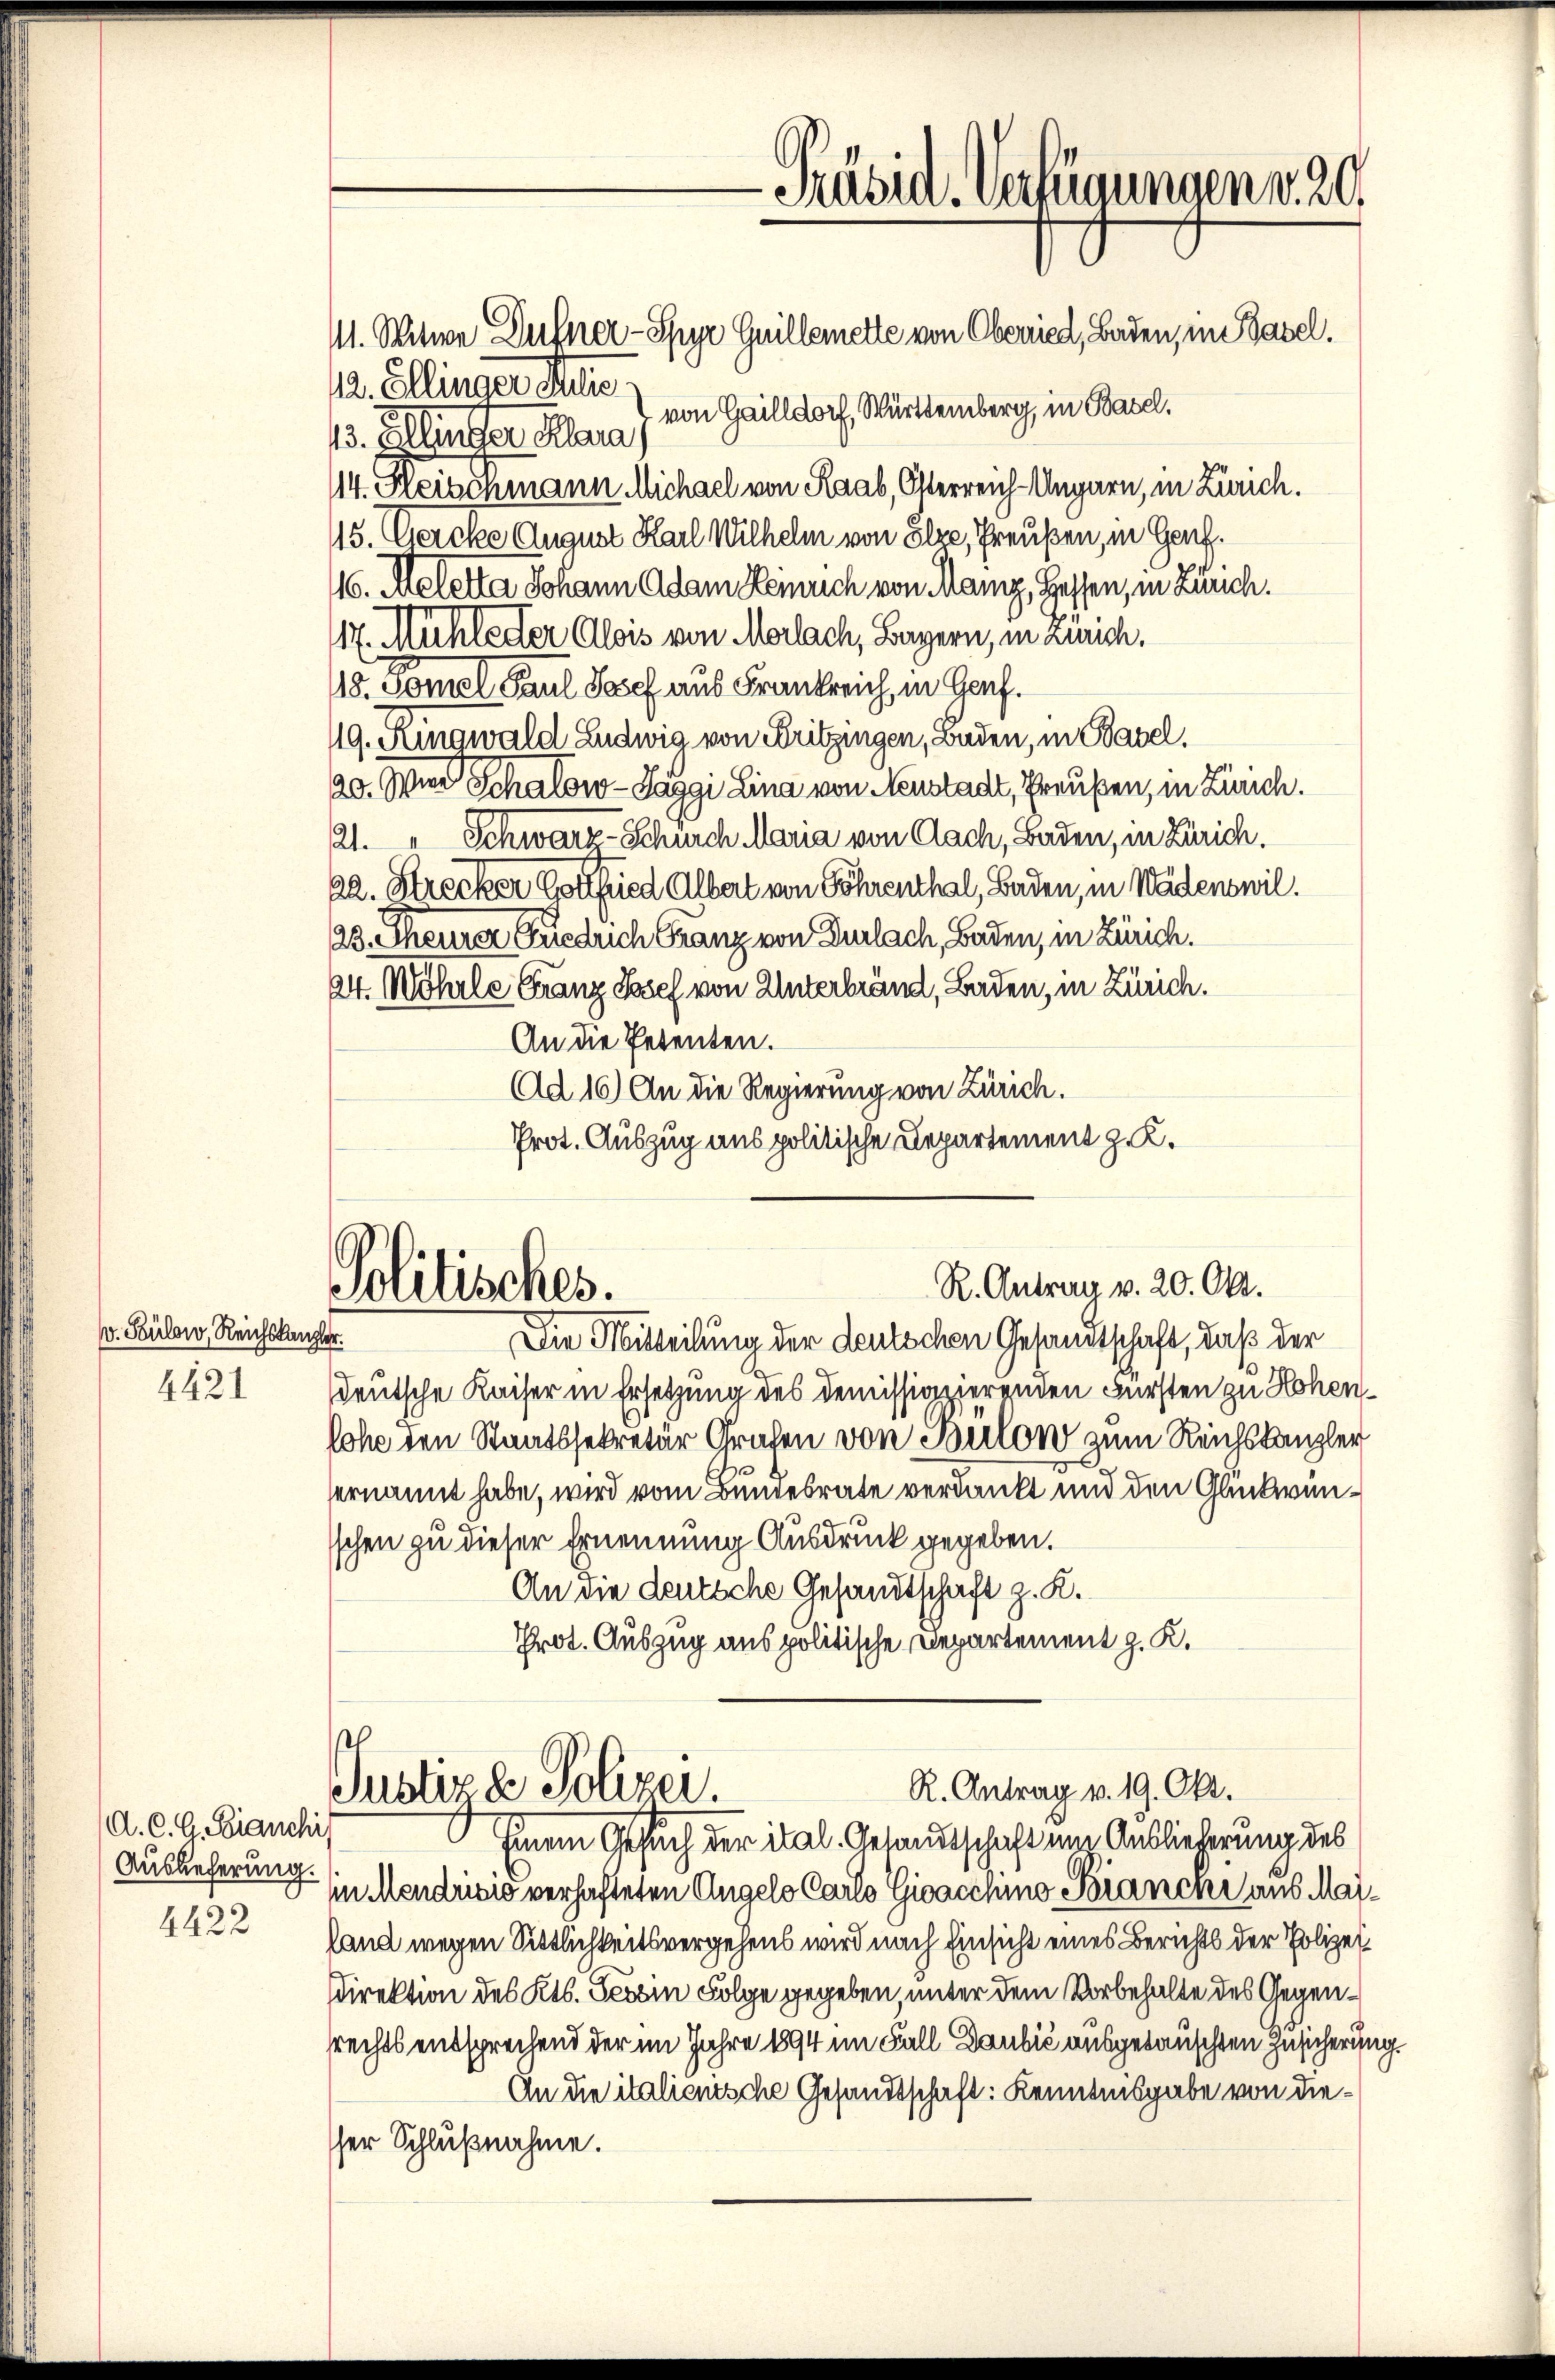
v. Sulow, Reichskanzler.
4421

A. C. G. Bianchis
Auslieferung.
4422

14. Heischmann Michael von Raab, Österreich-Ungarn, in Zürich.
15. Gercke August Karl Wilhelm von Ehre, Preußen, in Genf.
116. Meletta Johann Adam Heinrich von Manz, Hoffen, in Zürich.
14. Mühleder Alois von Morlach, Bayern, in Zürich,
110. Tomol Paul Josef aus Frankreich, in Genf.
19. Jungwald Ludwig von Fritzingen, Baden, in Basel,
20. Mir Schalowo - Paggi Lina von Neustadt, Preußen, in Zürich.
21. " Schwarz-Schurch Maria von Nach, Baden, in Zürich.
22. Strecker Ehe eine Albert von Föhrenthal, Baden, in Wädenswil
23. Theurer Friedrich Granz von Durlach, Baden, in Zürich.
24. Wöhrle Franz Josef von Unterbrand, Baden, in Zürich.
An die Petenten.
Ad 16) An die Regierung von Zürich.
Prot. Auszug aus politische Departement z. K.

12. Ellinger Mute,

Präsid. Verfügungen v. 20
M. Mitwe Dutner-Spyr Guillemette von Oberried, Baden, im Basel.
13. Allinger Klara, von Heilldorf, Württemberg, in Basel.

R. Antrag v. 20. Okt.
Politisches.
Die Mitteilung der deutschen Gesandtschaft, daß der

R. Antrag v. 19. Okt.
Justiz & Polizei.

deutsche Kaiser in Ersetzung des demissionierenden Fürsten zu Hohenlohe den Staatssekretär Grafen von Boulon zum Reichskanzler
ernannt habe, wird vom Bundesrate verdankt und den Glückwünsschen zu dieser Ernennung Ausdruck gegeben.
An die deutsche Gesandtschaft z. K.
Prot. Auszug aus politische Departement z. K.

Einem Gesuch der ital. Gesandtschaft um Ausliederung des
in Mendrisis verhafteten Angelo Carlo Gicacchino Bianen aus Mailand wegen Sittlichkeitsvergehens wird nach Einsicht eines Berichts der Polizeidirektion des Kts. Tessin Folge gegeben, unter dem Vorbehalte des Gegensrechts entsprechend der im Jahre 1894 im Fall Daubić ausgetauschten Zusicherung.
An die italienische Gesandtschaft: Kenntnisgabe von diesher Schlußnahme.